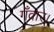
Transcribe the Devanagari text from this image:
गँवार।